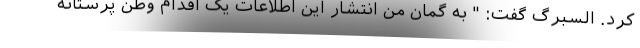
کرد. السبرگ گفت: " به گمان من انتشار این اطلاعات یک اقدام وطن پرستانه